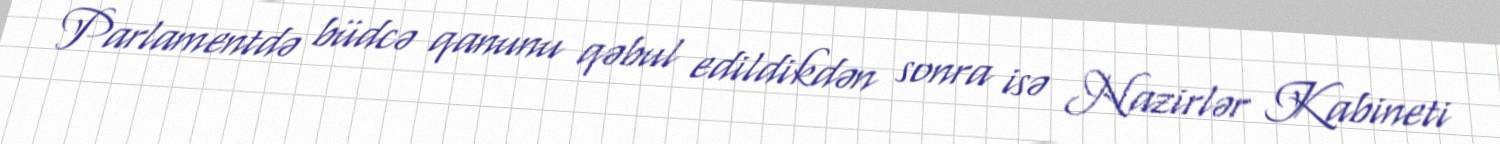
Parlamentdə büdcə qanunu qəbul edildikdən sonra isə Nazirlər Kabineti